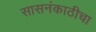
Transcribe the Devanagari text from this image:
सासनंकाठीचा